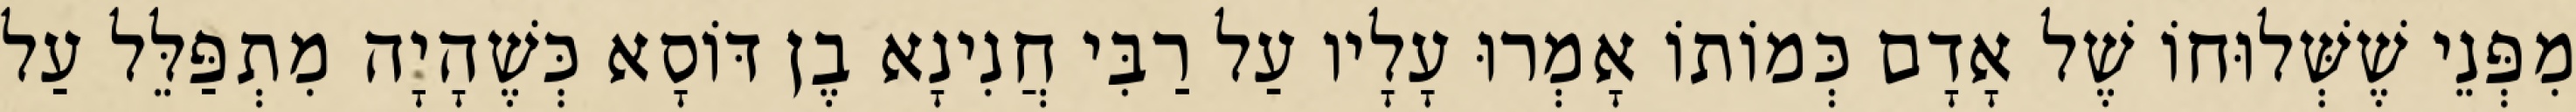
מִפְּנֵי שֶׁשְּׁלוּחוֹ שֶׁל אָדָם כְּמוֹתוֹ אָמְרוּ עָלָיו עַל רַבִּי חֲנִינָא בֶן דּוֹסָא כְּשֶׁהָיָה מִתְפַּלֵּל עַל